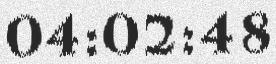
04:02:48